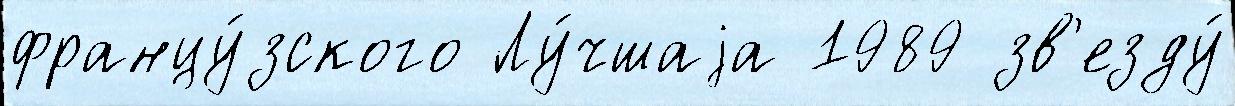
францу́зского Лу́чшаjа 1989 зв'езду́